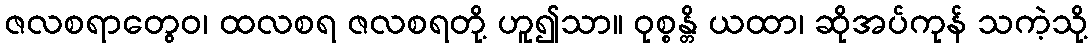
ဇလစရာတွေဝ၊ ထလစရ ဇလစရတို့ ဟူ၍သာ။ ဝုစ္စန္တိ ယထာ၊ ဆိုအပ်ကုန် သကဲ့သို့